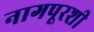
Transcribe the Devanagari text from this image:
नागपूरशी